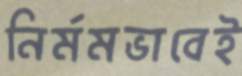
নির্মমভাবেই